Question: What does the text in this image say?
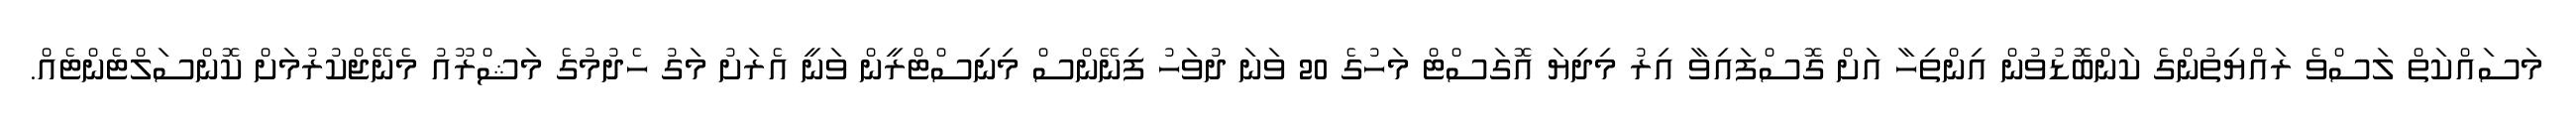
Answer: މަސައްކަތް ލަސްވެ ރައްޔިތުންގެ ކަންބޮޑުވުން އިންތިހާ އަށް ގޮސްފައިވާ އިރު މިދިޔަ އޮގަސްޓް މަހުގެ 20 ވަނަ ދުވަހު ފިނޭންސް މިނިސްޓްރީން ވަނީ އެރަށު މަގު ހެދުމުގެ މަޝްރޫއު މެނޭޖްކުރުމަށް ކޮންސަލްޓެންޓެއް.